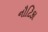
નૌટિકા